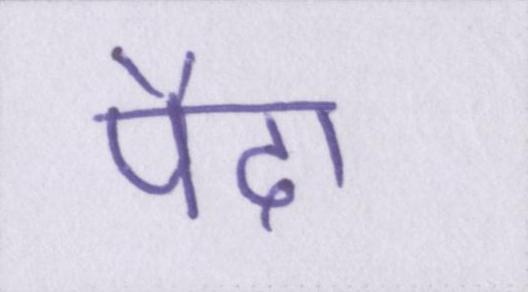
पैदा